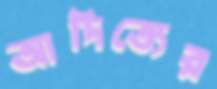
আদিত্যের